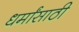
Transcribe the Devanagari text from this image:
धर्मांसाठी